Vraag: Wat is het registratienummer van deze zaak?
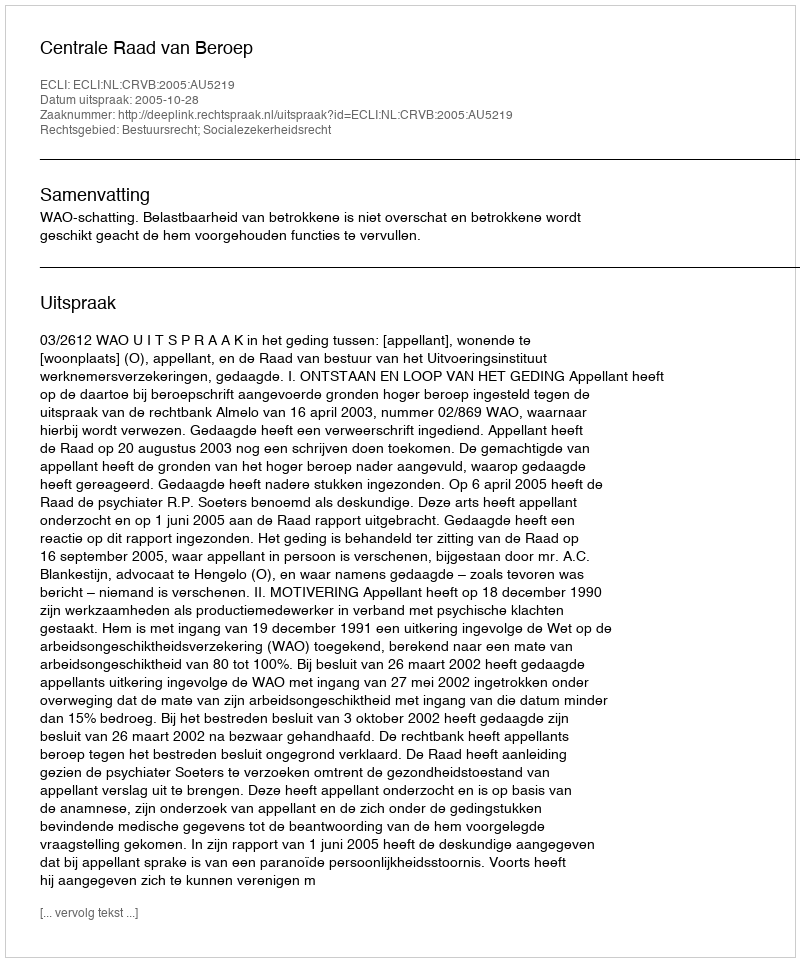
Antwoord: http://deeplink.rechtspraak.nl/uitspraak?id=ECLI:NL:CRVB:2005:AU5219